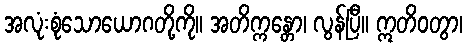
အလုံးစုံသောယောဂတို့ကို။ အတိက္ကန္တော၊ လွန်ပြီ။ ဣတိဝတွာ၊